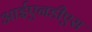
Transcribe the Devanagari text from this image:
आईएनडीएस